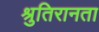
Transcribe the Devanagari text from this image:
श्रुतिरानता